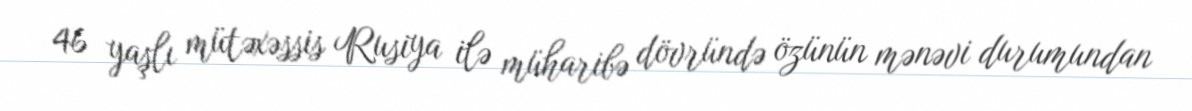
46 yaşlı mütəxəssis Rusiya ilə müharibə dövründə özünün mənəvi durumundan